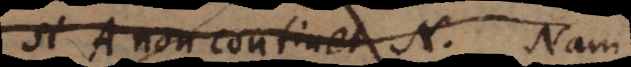
si A non continet N. Nam